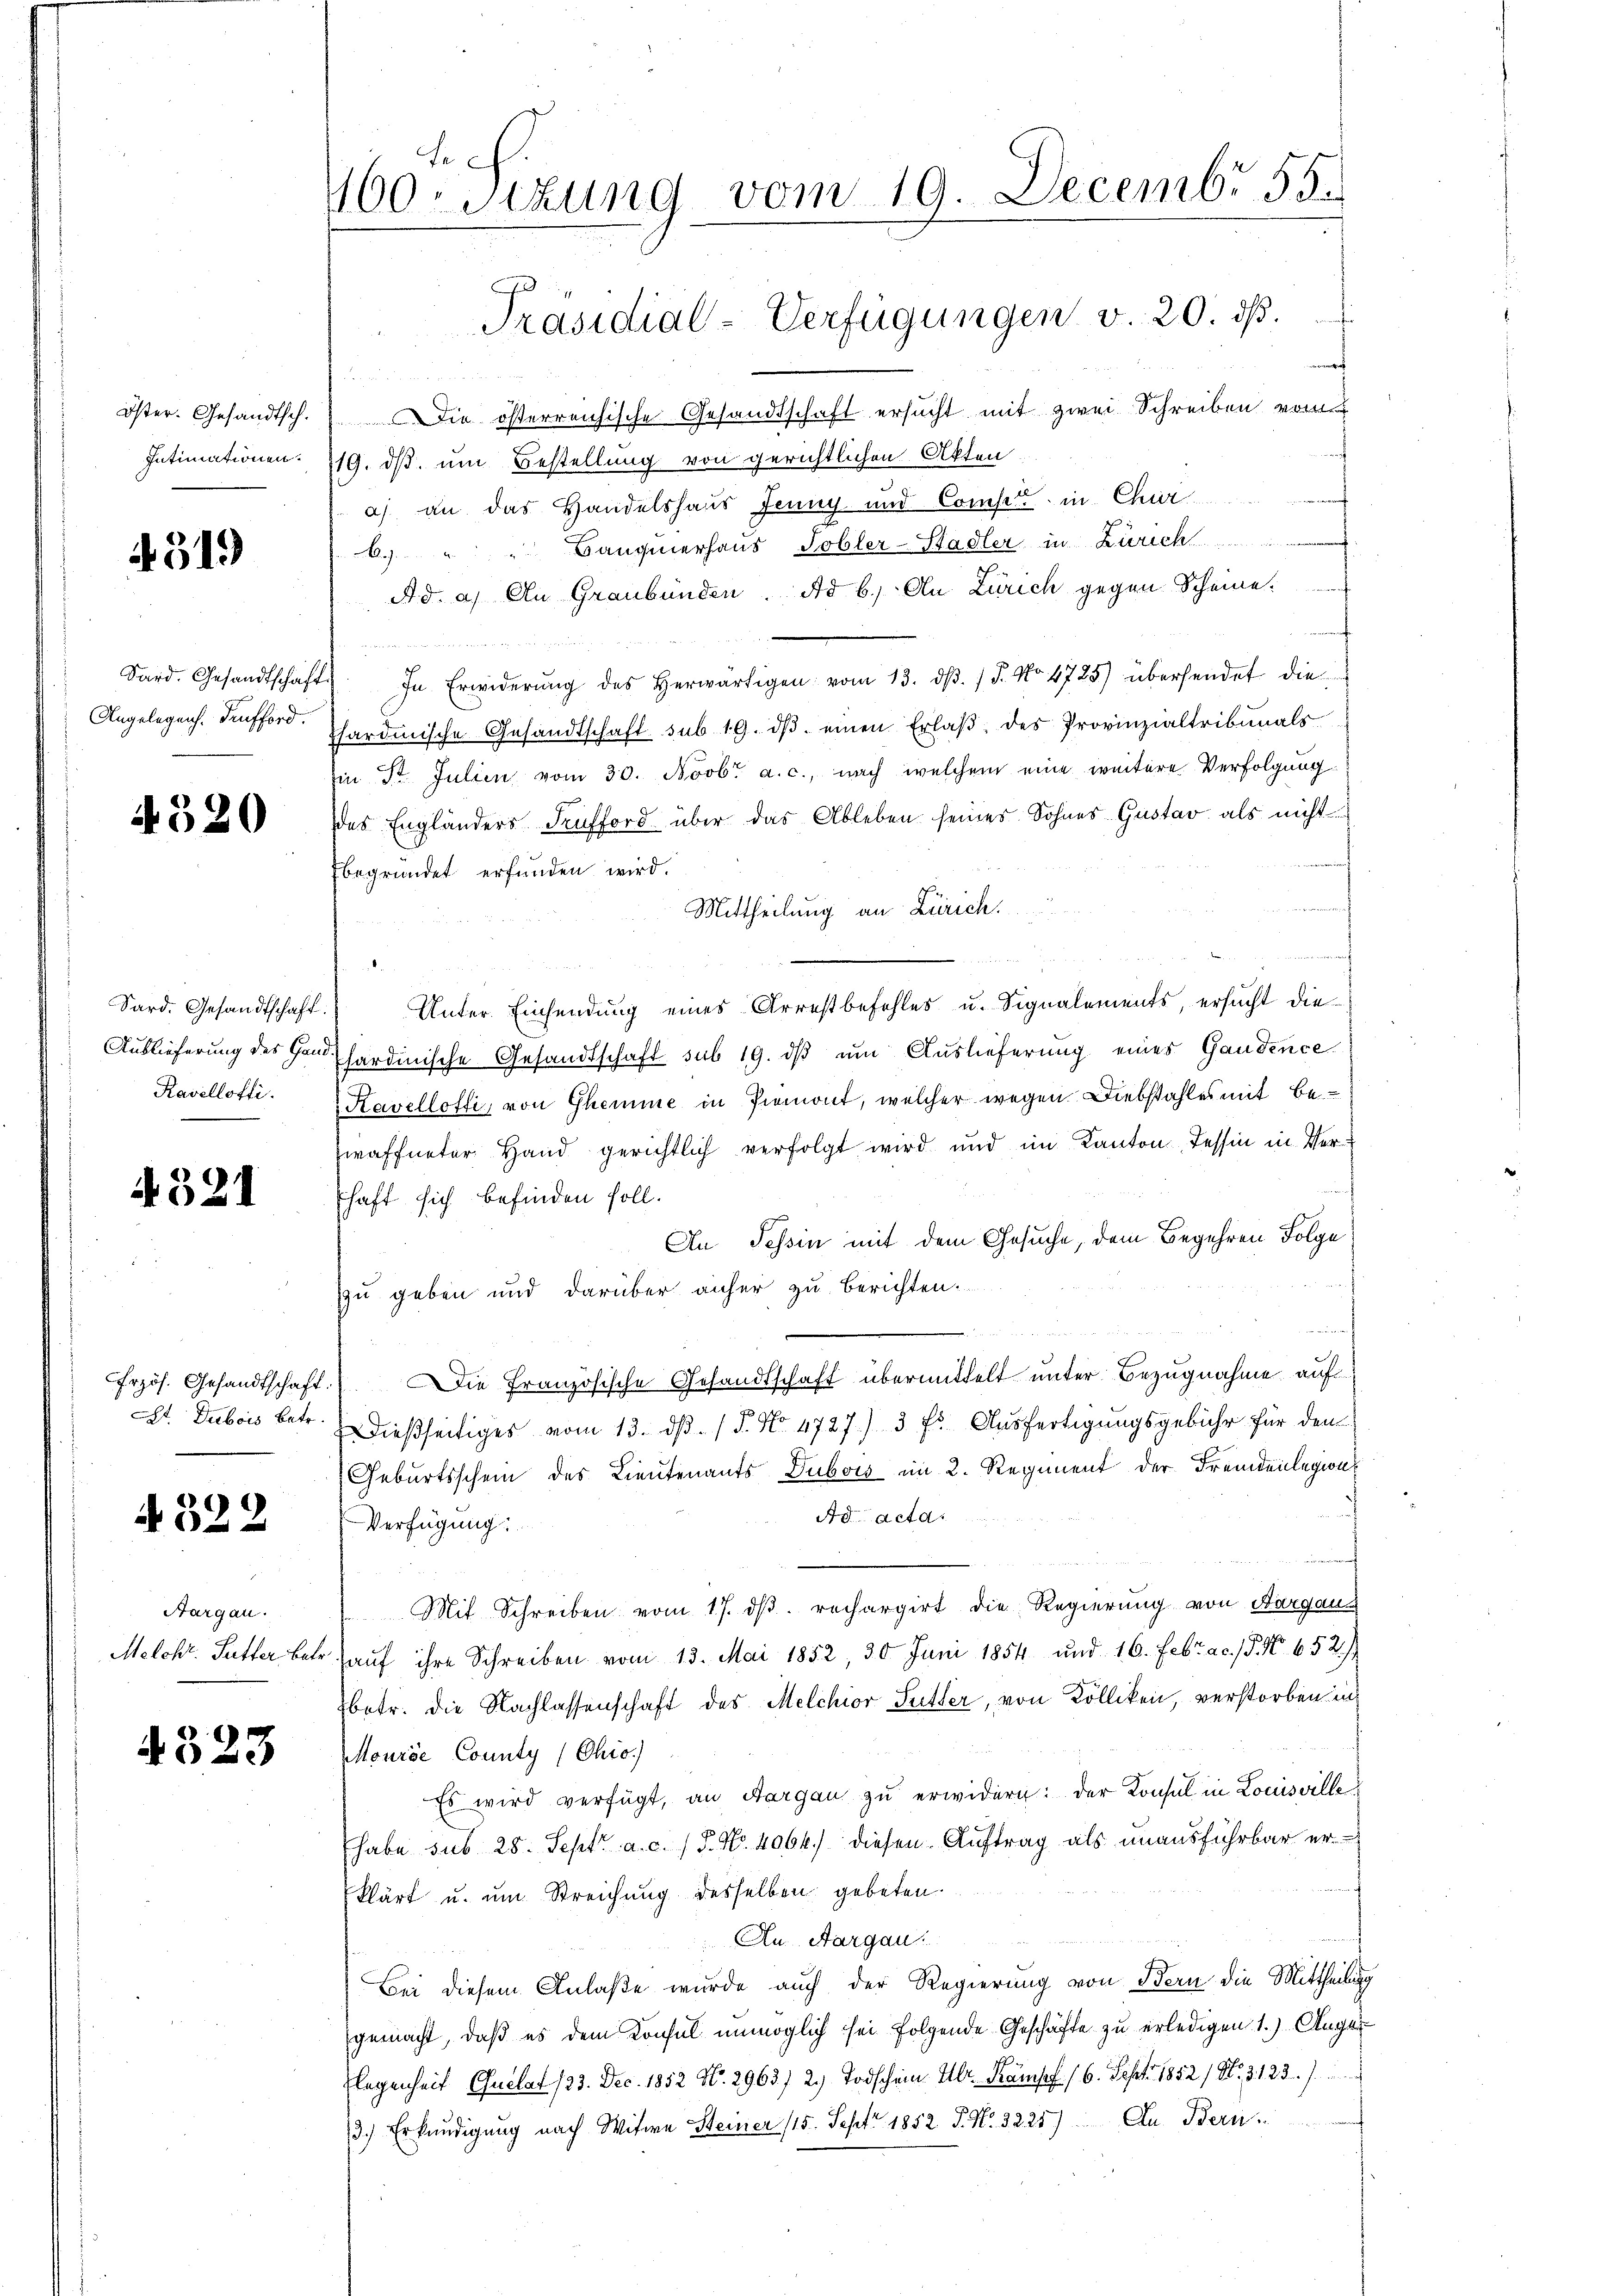
Öster. Gesandtsch.
Intimationen.

4319

Sard. Gesandtschaft
Angelegen. Teufford.

4320

Sard. Gesandtschaft
Auslieferung des Gan¬
Kavellotti.

4321

At. Dubois Betr.

4322

Aargau.

4323

Fe
160. Sitzung vom 19. Decembr 55.
Präsidial-Verfügungen v. 20. d.

f
 x
Die österreichische Gesandtschaft ersucht mit zwei Schreiben vom
119. ds. um Bestellung von gerichtlichen Akten.
a) an das Handelshaus Jenny und Compete in Chur
6. " " Baugmerhaus Tobler-Stadler in Zürich
Ad. a. An Graubünden. Ad b.) An Zürich gegen Scheine:
er
 In Erwiderŭng des herwärtigen vom 13. dβ. / 5. No 4725) übersendet die
hardinische Gesandtschaft sub 19. dβ einen Erlaβ des Provinzialtribunals
Ein Fr. Julien vom 30. Novbr. a. c., nach welchem eine weitere Verfolgung
Das Engländers Teufford über das Ableben seines Sohnes Gustav als nicht
begründet erfunden wird.
Mittheilung an Zürich.
Unter Einsendung eines Arrestbefehles u. Signalements, ersucht die¬
Phardinische Gesandtschaft sub 19. dß um Auslieferung eines Gandence
Kavelloffi, von Ghemme in Piemont, welcher wegen Diebstahles mit Bewaffneter Hand gerichtlich verfolgt wird und im Kanton Tessin in Ver-
shaft sich befinden soll.
An Tessin mit dem Gesuche, dem Begehren Folge
zu geben und darüber anher zu berichten.
frzös. Gesandtschaft. Die Französische Gesandtschaft übermittelt unter Bezugnahme auf
dießseitiges vom 13. dβ. / 5. No. 4727) 3 f. Ausfertigungsgebühr für den
Geburtsschein des Lieutenants Dubois im 2. Regiment der Fremdenlegion
Ad acta:
Verfügung
Mit Schreiben vom 17. dβ. rechargirt die Regierung von Aargaus
Melchr. Sutter betr. auf ihre Schreiben vom 13. Mai 1852, 30 Juni 1854 und 16. Febr. ac. /. M. 652)
betr. die Nachlassenschaft des Melchior Sutter, von Kölliken, verstorben in
Mourée County (Chio.
Es wird verfügt, an Aargau zu erwidern: der Konsul in Louisville
(habe sub 28. Sept. a. c. / 5. No. 4064.) diesen Auftrag als unausführbar erklärt u. um Streichung desselben gebeten.
An Aargau.
Bei diesem Anlaße wurde auch der Regierung von Bern die Mittheilung
gemacht, daß es dem Konsul unmöglich sei folgende Geschäfte zu erledigen 1.) Anger
legenheit Quelat (23. Dec. 1852 No. 2963/ 2. Todschein Hr. Ramsef (6. Sept. 1852/ N. 3. 123.)
3.) Erkundigung nach Witwe Steiner (15. Sept 1852 J. N. 3225) An Bern.